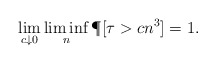
\begin{align*}\lim_{c \downarrow 0} \liminf_n \P[\tau >cn^3] = 1.\end{align*}